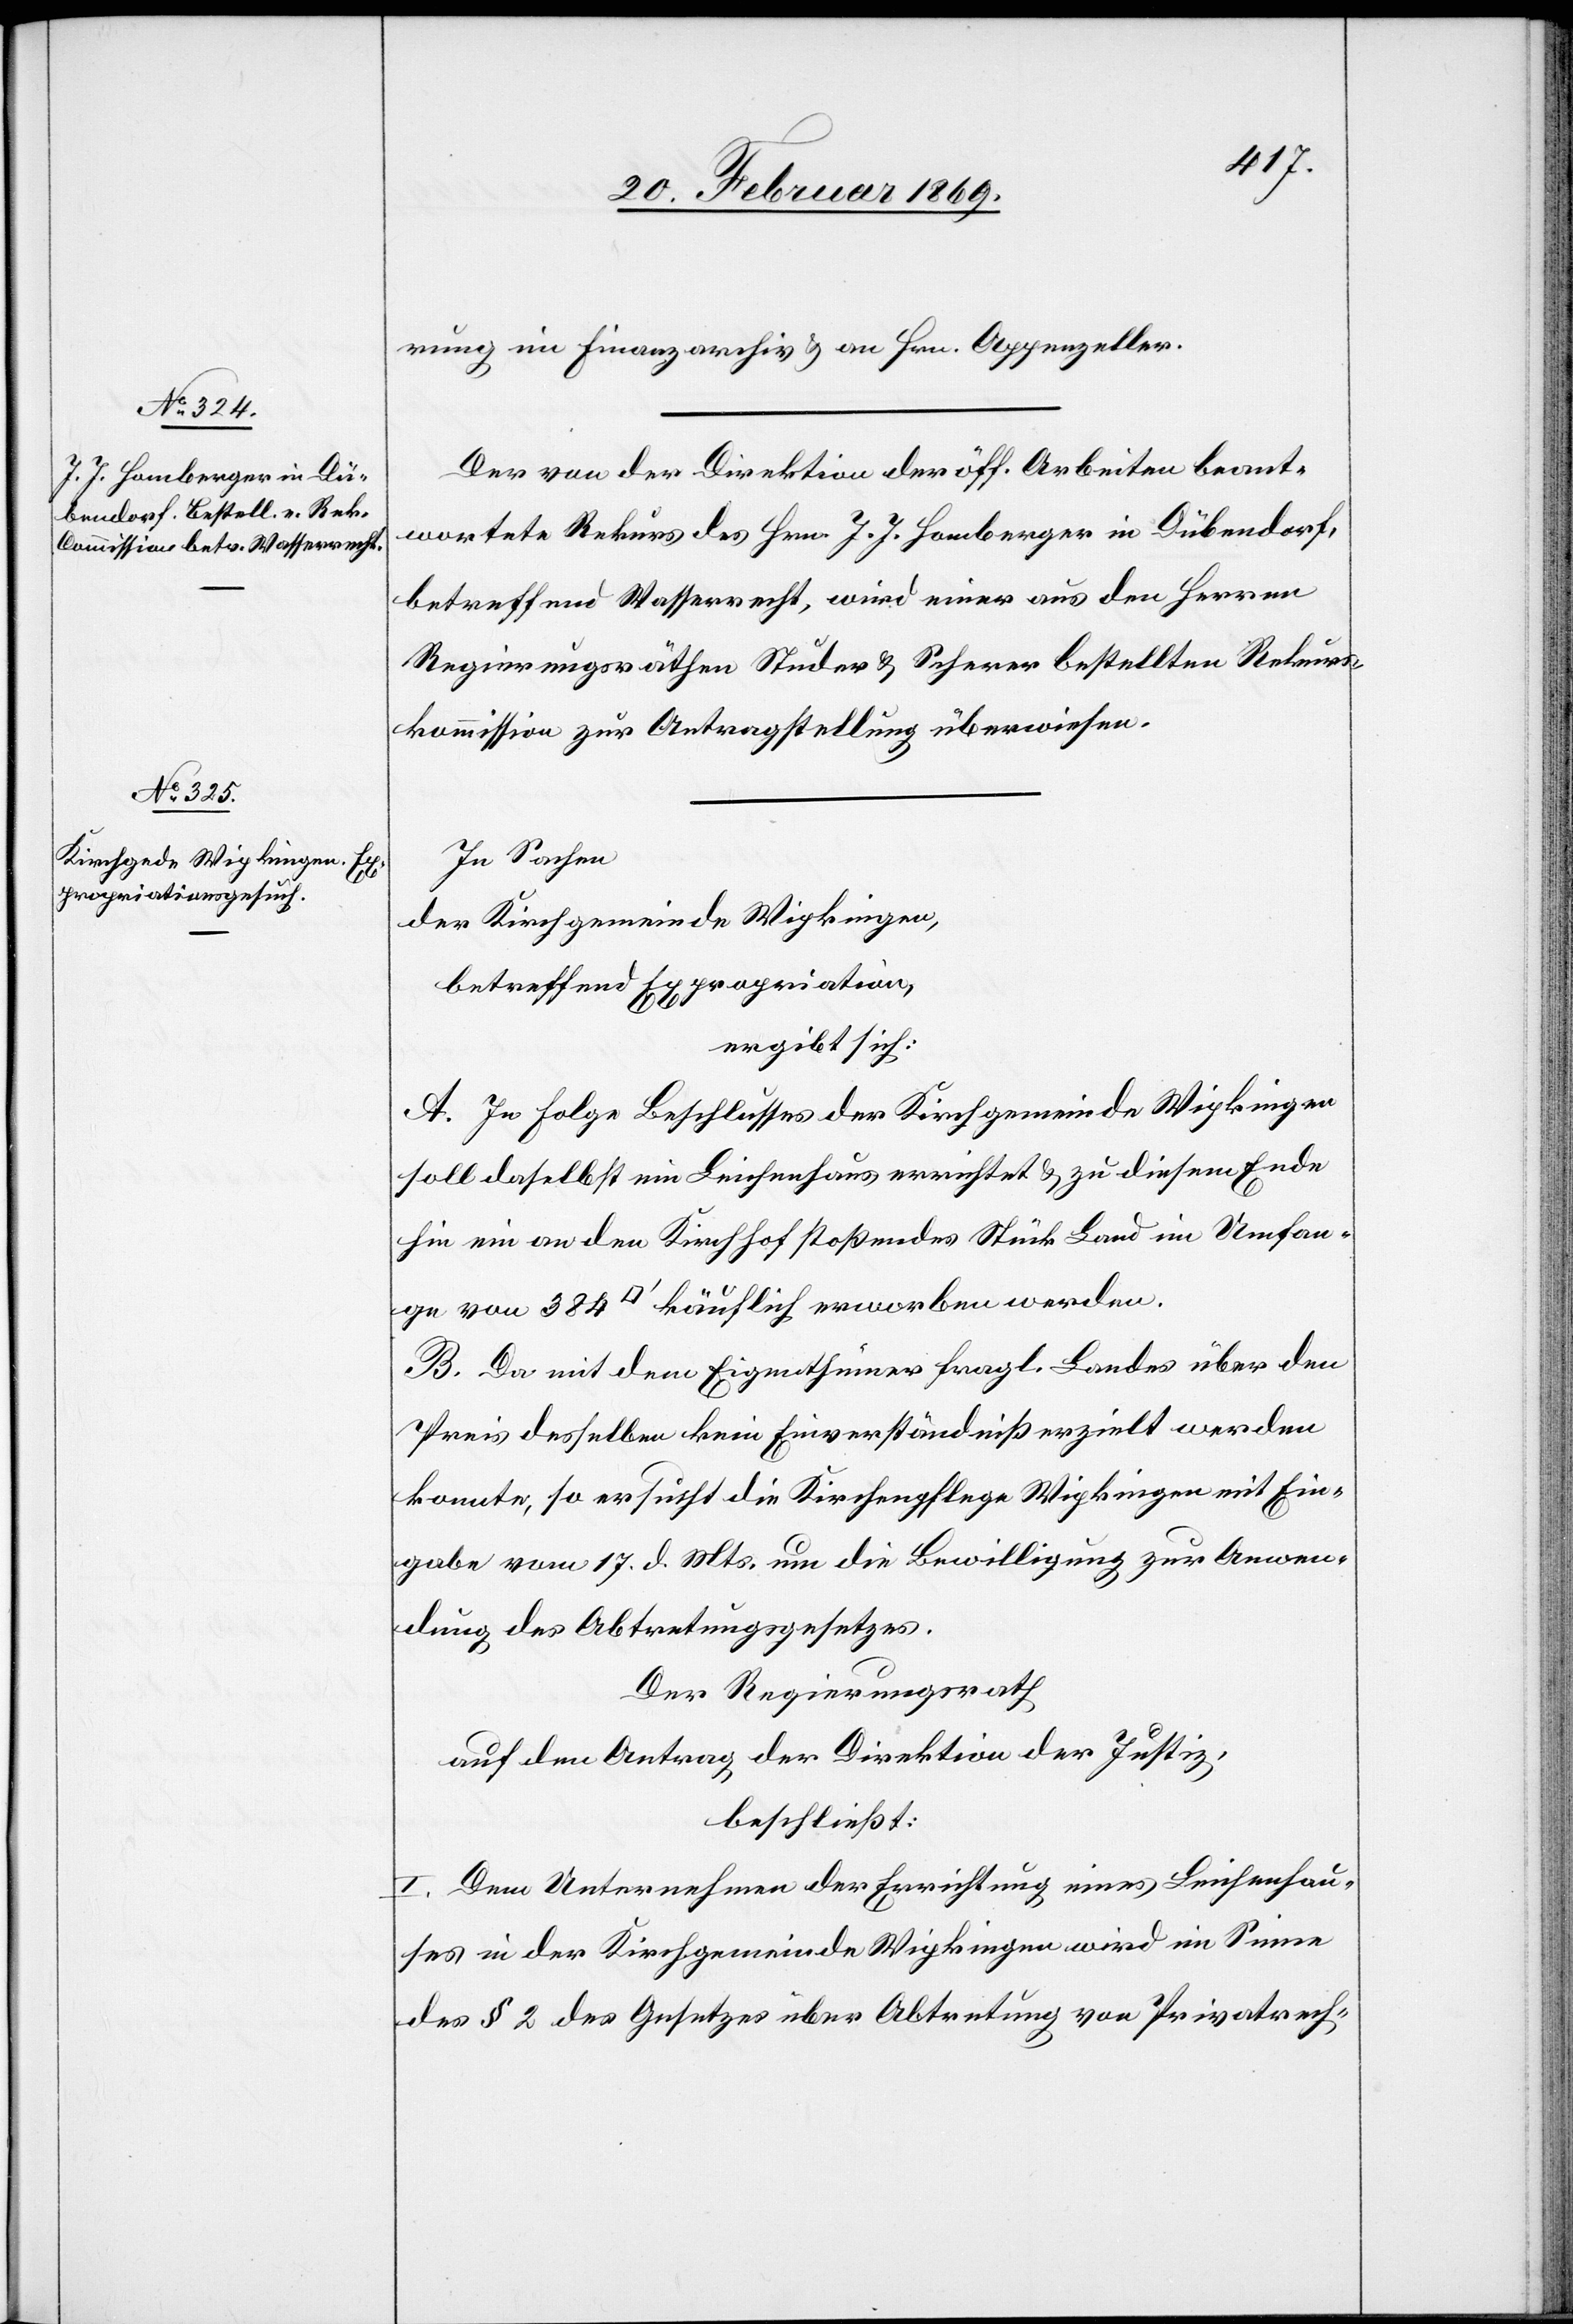
rung im Finanzarchiv & an Hrn. Appenzeller.
Der von der Direktion der öff. Arbeiten beant¬
wortete Rekurs des Hrn. J. J. Homberger in Dübendorf,
betreffend Wasserrecht, wird einer aus den Herren
Regierungsräthen Studer & Scherer bestellten Rekurs¬
kommission zur Antragstellung überwiesen.
In Sachen
der Kirchgemeinde Wipkingen,
betreffend Expropriation,
ergibt sich:
A. In Folge Beschlusses der Kirchgemeinde Wipkingen
soll daselbst ein Leichenhaus errichtet & zu diesem Ende
hin ein an den Kirchhof stoßendes Stück Land im Umfan¬
ge von 384 [Quadratfuß] käuflich erworben werden.
B. Da mit dem Eigenthümer fragl. Landes über den
Preis desselben kein Einverständniß erzielt werden
konnte, so ersucht die Kirchenpflege Wipkingen mit Ein¬
gabe vom 17. d. Mts. um die Bewilligung zur Anwen¬
dung des Abtretungsgesetzes.
Der Regierungsrath
auf den Antrag der Direktion der Justiz,
beschließt:
I. Dem Unternehmen der Errichtung eines Leichenhau¬
ses in der Kirchgemeinde Wipkingen wird im Sinne
des § 2 des Gesetzes über Abtretung von Privatrech-